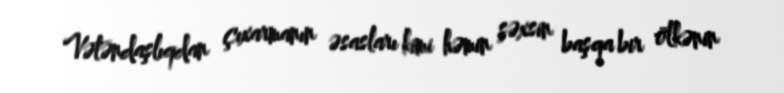
Vətəndaşlıqdan çıxarmanın əsasları kimi həmin şəxsin başqa bir ölkənin